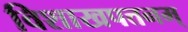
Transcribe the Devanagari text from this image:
विशाखपत्तनम्